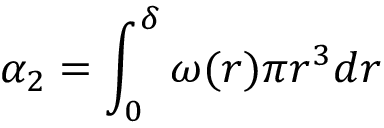
\alpha _ { 2 } = \int _ { 0 } ^ { \delta } \omega ( r ) \pi r ^ { 3 } d r